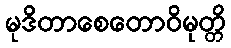
မုဒိတာစေတောဝိမုတ္တိ